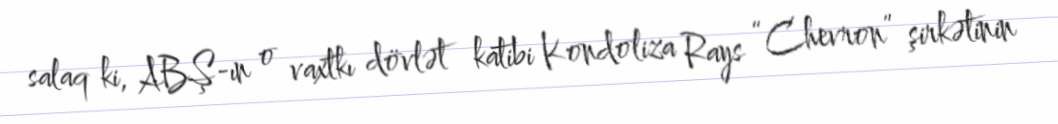
salaq ki, ABŞ-ın o vaxtkı dövlət katibi Kondoliza Rays “Chevron” şirkətinin